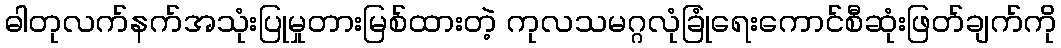
ဓါတုလက်နက်အသုံးပြုမှုတားမြစ်ထားတဲ့ ကုလသမဂ္ဂလုံခြုံရေးကောင်စီဆုံးဖြတ်ချက်ကို